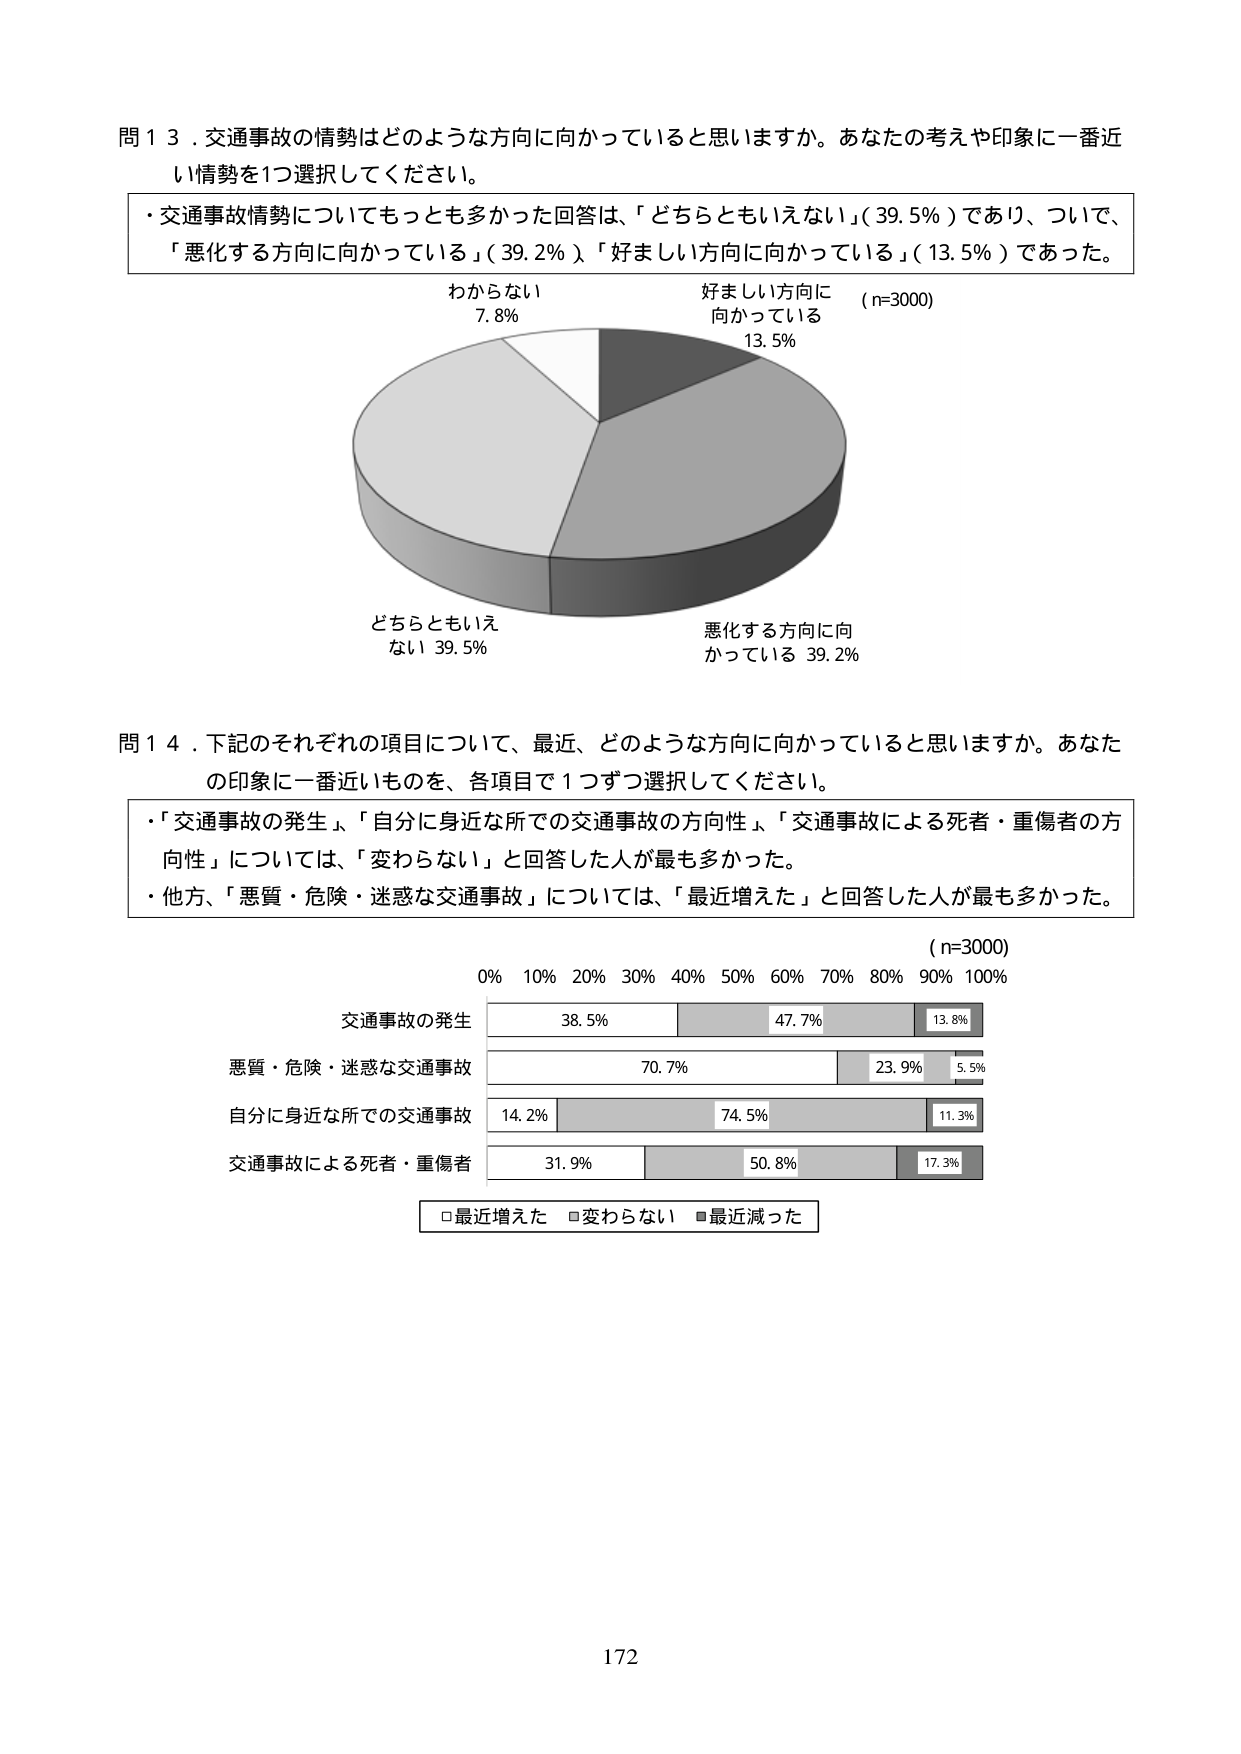
問１３．交通事故の情勢はどのような方向に向かっていると思いますか。あなたの考えや印象に一番近い情勢を1つ選択してください。

・交通事故情勢についてもっとも多かった回答は、「どちらともいえない」（39.5％）であり、ついで、「悪化する方向に向かっている」（39.2％）、「好ましい方向に向かっている」（13.5％）であった。

わからない
7.8％

好ましい方向に向かっている
13.5％
（n=3000）

どちらともいえない 39.5％

悪化する方向に向かっている 39.2％

問１４．下記のそれぞれの項目について、最近、どのような方向に向かっていると思いますか。あなたの印象に一番近いものを、各項目で1つずつ選択してください。

・「交通事故の発生」、「自分に身近な所での交通事故の方向性」、「交通事故による死者・重傷者の方向性」については、「変わらない」と回答した人が最も多かった。
・他方、「悪質・危険・迷惑な交通事故」については、「最近増えた」と回答した人が最も多かった。

（n=3000）
0% 10% 20% 30% 40% 50% 60% 70% 80% 90% 100%

交通事故の発生
38.5% 47.7% 13.8%

悪質・危険・迷惑な交通事故
70.7% 23.9% 5.5%

自分に身近な所での交通事故
14.2% 74.5% 11.3%

交通事故による死者・重傷者
31.9% 50.8% 17.3%

□最近増えた □変わらない □最近減った

172